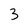
Character: 3